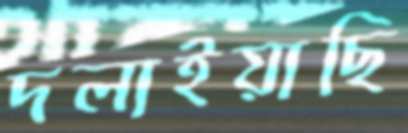
দলাইয়াছি